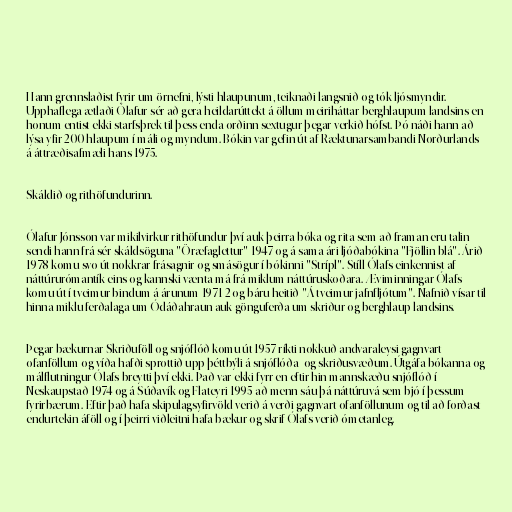
Hann grennslaðist fyrir um örnefni, lýsti hlaupunum, teiknaði langsnið og tók ljósmyndir.
Upphaflega ætlaði Ólafur sér að gera heildarúttekt á öllum meiriháttar berghlaupum landsins en
honum entist ekki starfsþrek til þess enda orðinn sextugur þegar verkið hófst. Þó náði hann að
lýsa yfir 200 hlaupum í máli og myndum. Bókin var gefin út af Ræktunarsambandi Norðurlands
á áttræðisafmæli hans 1975.

Skáldið og rithöfundurinn.

Ólafur Jónsson var mikilvirkur rithöfundur því auk þeirra bóka og rita sem að framan eru talin
sendi hann frá sér skáldsöguna "Öræfaglettur" 1947 og á sama ári ljóðabókina "Fjöllin blá". Árið
1978 komu svo út nokkrar frásagnir og smásögur í bókinni "Strípl". Stíll Ólafs einkennist af
náttúrurómantík eins og kannski vænta má frá miklum náttúruskoðara. Æviminningar Ólafs
komu út í tveimur bindum á árunum 1971-2 og báru heitið "Á tveimur jafnfljótum". Nafnið vísar til
hinna miklu ferðalaga um Ódáðahraun auk gönguferða um skriður og berghlaup landsins.

Þegar bækurnar Skriðuföll og snjóflóð komu út 1957 ríkti nokkuð andvaraleysi gagnvart
ofanföllum og víða hafði sprottið upp þéttbýli á snjóflóða- og skriðusvæðum. Útgáfa bókanna og
málflutningur Ólafs breytti því ekki. Það var ekki fyrr en eftir hin mannskæðu snjóflóð í
Neskaupstað 1974 og á Súðavík og Flateyri 1995 að menn sáu þá náttúruvá sem bjó í þessum
fyrirbærum. Eftir það hafa skipulagsyfirvöld verið á verði gagnvart ofanföllunum og til að forðast
endurtekin áföll og í þeirri viðleitni hafa bækur og skrif Ólafs verið ómetanleg.